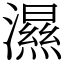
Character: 濕